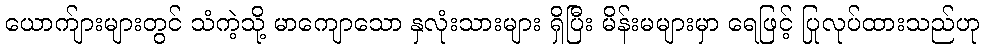
ယောက်ျားများတွင် သံကဲ့သို့ မာကျောသော နှလုံးသားများ ရှိပြီး မိန်းမများမှာ ရေဖြင့် ပြုလုပ်ထားသည်ဟု